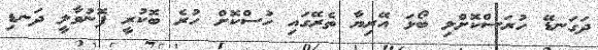
ދަގަނޑޭ ހުރަސްކޮށްލި ބޯޅަ އޭރިޔާ ތެރޭގައި ހުސްކޮށް ހުރެ ބޮކުރީ ފޮނުވާލީ ދަނޑި